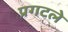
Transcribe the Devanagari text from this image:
प्रगटले